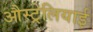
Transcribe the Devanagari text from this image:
औस्ट्रेलियाई